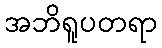
အဘိရူပတရာ